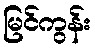
မြင်ကွန်း